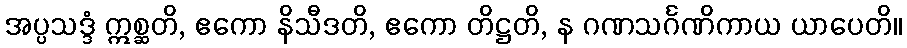
အပ္ပသဒ္ဒံ ဣစ္ဆတိ, ဧကော နိသီဒတိ, ဧကော တိဋ္ဌတိ, န ဂဏသင်္ဂဏိကာယ ယာပေတိ။